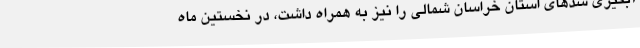
آبگیری سدهای استان خراسان شمالی را نیز به همراه داشت، در نخستین ماه